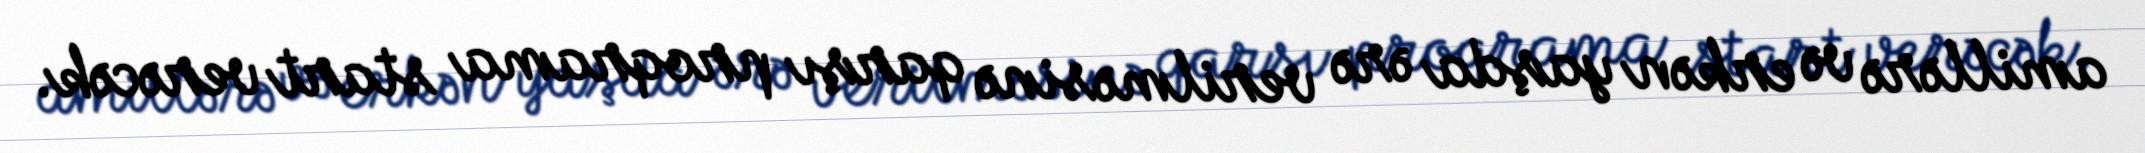
amillərə və erkən yaşda ərə verilməsinə qarşı proqrama start verəcək.